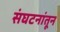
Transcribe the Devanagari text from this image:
संघटनांतून